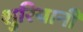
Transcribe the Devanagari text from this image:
शुरियानी